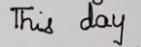
This day